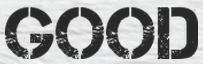
GOOD